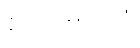
ဧကာဓိပ္ပါယံ